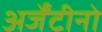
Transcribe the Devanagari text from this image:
अर्जेंटीनो